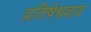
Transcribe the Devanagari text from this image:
प्रतिषेधवाद